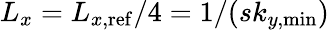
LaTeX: L_{x}=L_{x,\mathrm{ref}}/4=1/(sk_{y,\mathrm{min}})